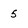
Character: 5